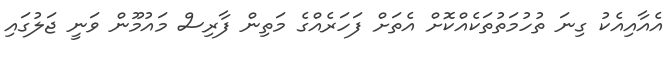
އެއާއިއެކު ގިނަ ތުހުމަތުތަކެއްކޮށް އެތަށް ފަހަރެއްގެ މަތިން ފާރިސް މައުމޫން ވަނީ ޖަލުގައި